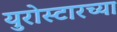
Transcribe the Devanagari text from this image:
युरोस्टारच्या